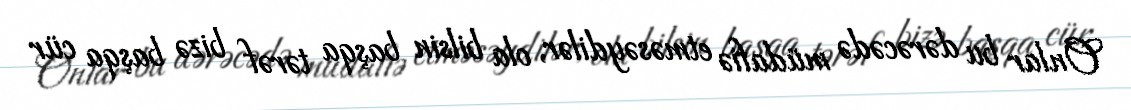
Onlar bu dərəcədə müdafiə etməsəydilər, ola bilsin başqa tərəf bizə başqa cür